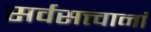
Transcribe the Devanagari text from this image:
सर्वसत्त्वानां